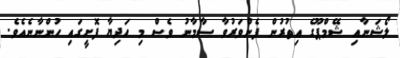
ލޯޝަނާއި ޝޭމްޕޫގެ އިތުރުން ފެންވަރުވާ ސާމާނު ވެސް މި ހަދިޔާ ފޮށީގައި ހުންނާނެއެވެ.